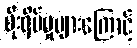
စိုးရိမ်မှုများကြောင့်